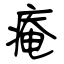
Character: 痷